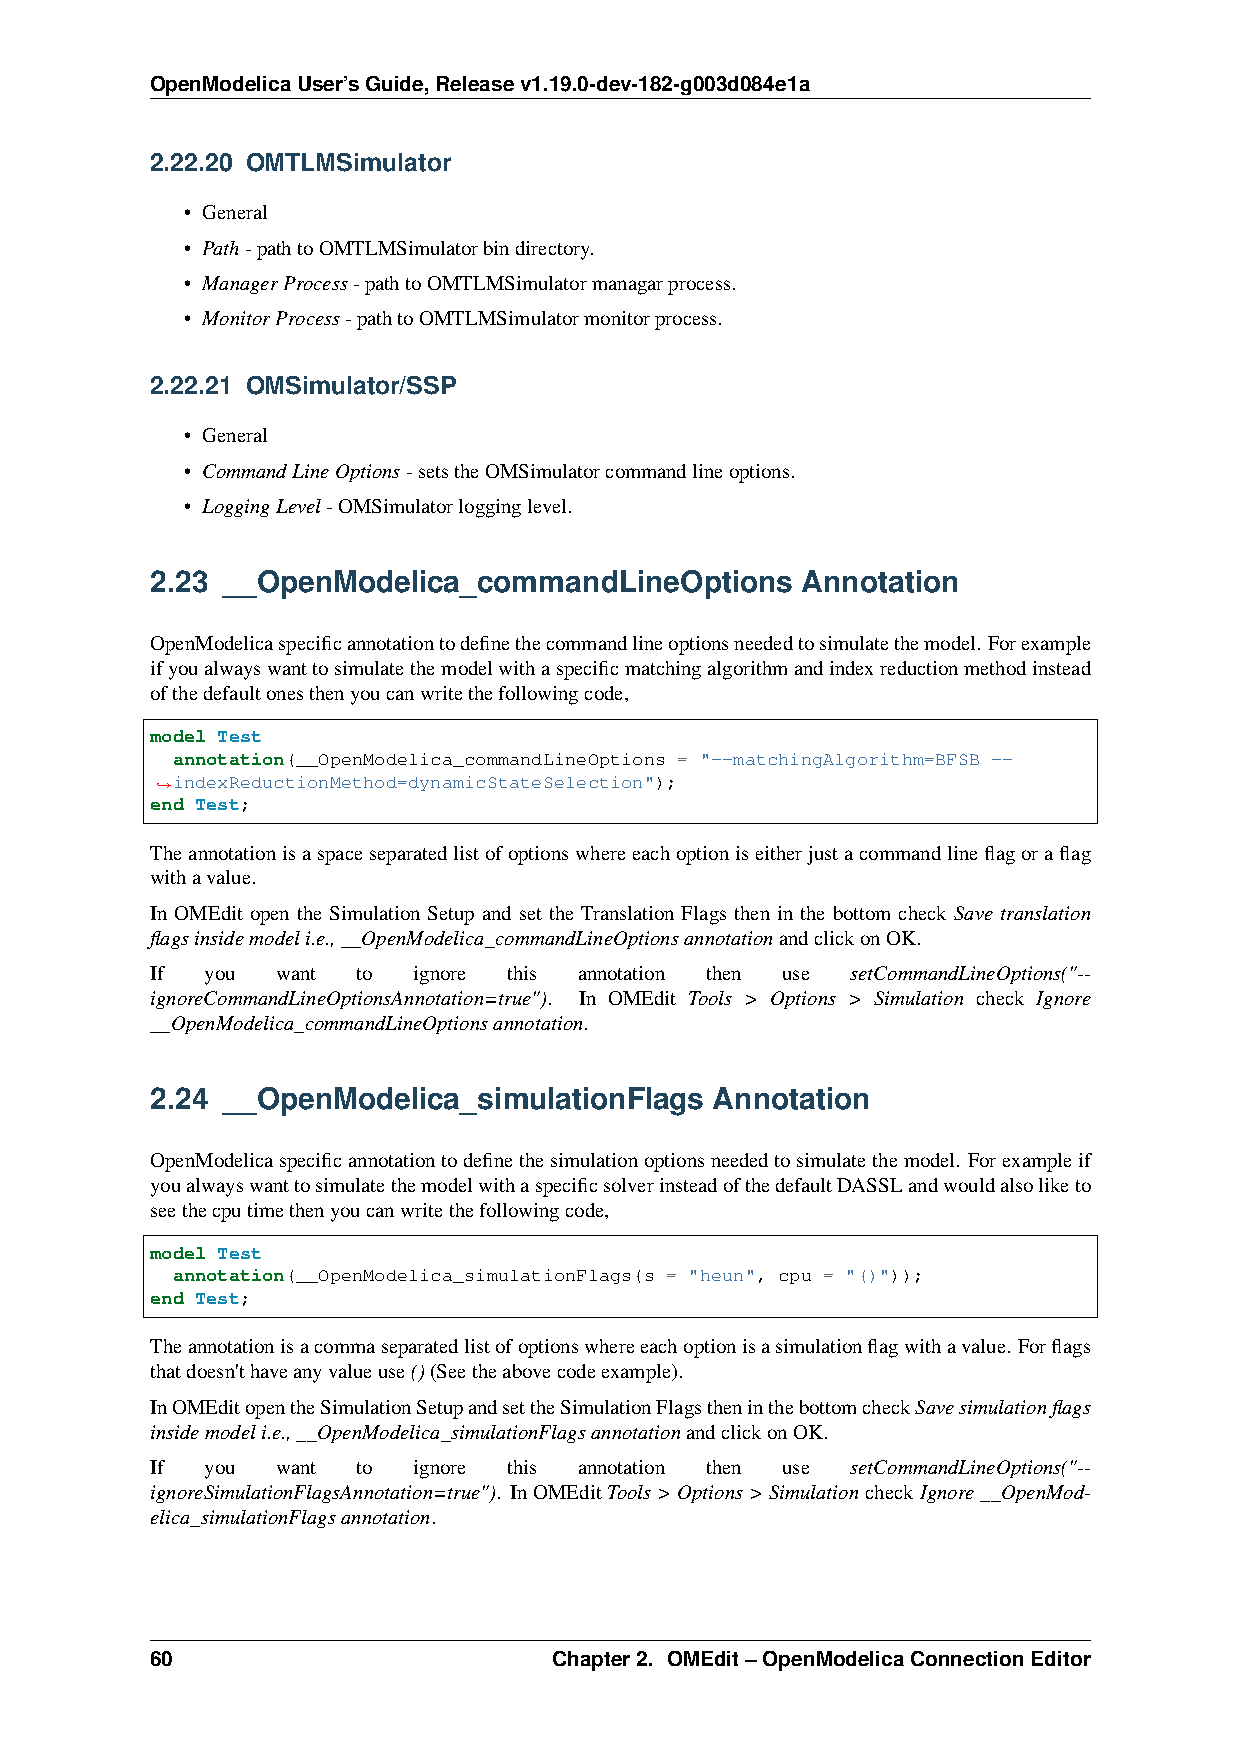
OpenModelicaUser’sGuide,Releasev1.19.0-dev-182-g003d084e1a
 2.22.20 OMTLMSimulator
 • General
 • Path-pathtoOMTLMSimulatorbindirectory.
 • ManagerProcess-pathtoOMTLMSimulatormanagarprocess.
 • MonitorProcess-pathtoOMTLMSimulatormonitorprocess.
 2.22.21 OMSimulator/SSP
 • General
 • CommandLineOptions-setstheOMSimulatorcommandlineoptions.
 • LoggingLevel-OMSimulatorlogginglevel.
 2.23 __OpenModelica_commandLineOptions     Annotation
 OpenModelicaspecificannotationtodefinethecommandlineoptionsneededtosimulatethemodel. Forexample
 ifyoualwayswanttosimulatethemodelwithaspecificmatchingalgorithmandindexreductionmethodinstead
 ofthedefaultonesthenyoucanwritethefollowingcode,
 model Test
 annotation(__OpenModelica_commandLineOptions = "--matchingAlgorithm=BFSB --
 indexReductionMethod=dynamicStateSelection");
 ˓→
 end Test;
 Theannotationisaspaceseparatedlistofoptionswhereeachoptioniseitherjustacommandlineflagoraflag
 withavalue.
 In OMEdit open the Simulation Setup and set the Translation Flags then in the bottom check Save translation
 flagsinsidemodeli.e.,__OpenModelica_commandLineOptionsannotationandclickonOK.
 If  you want  to ignore this annotation then use setCommandLineOptions("--
 ignoreCommandLineOptionsAnnotation=true"). In OMEdit Tools > Options > Simulation check Ignore
 __OpenModelica_commandLineOptionsannotation.
 2.24 __OpenModelica_simulationFlags  Annotation
 OpenModelicaspecificannotationtodefinethesimulationoptionsneededtosimulatethemodel. Forexampleif
 youalwayswanttosimulatethemodelwithaspecificsolverinsteadofthedefaultDASSLandwouldalsoliketo
 seethecputimethenyoucanwritethefollowingcode,
 model Test
 annotation(__OpenModelica_simulationFlags(s = "heun", cpu = "()"));
 end Test;
 Theannotationisacommaseparatedlistofoptionswhereeachoptionisasimulationflagwithavalue. Forflags
 thatdoesn'thaveanyvalueuse()(Seetheabovecodeexample).
 InOMEditopentheSimulationSetupandsettheSimulationFlagstheninthebottomcheckSavesimulationflags
 insidemodeli.e.,__OpenModelica_simulationFlagsannotationandclickonOK.
 If  you want  to ignore this annotation then use setCommandLineOptions("--
 ignoreSimulationFlagsAnnotation=true"). InOMEditTools>Options>SimulationcheckIgnore__OpenMod-
 elica_simulationFlagsannotation.
 60                         Chapter2. OMEdit–OpenModelicaConnectionEditor